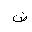
Letter: _dad